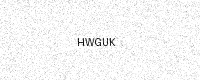
Text: HWGUK